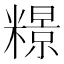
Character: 𫃏